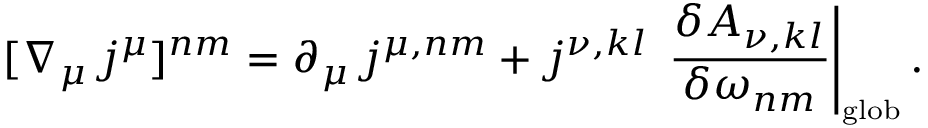
[ \nabla _ { \mu } \, j ^ { \mu } ] ^ { n m } = \partial _ { \mu } \, j ^ { \mu , n m } + j ^ { \nu , k l } \, \left. \frac { \delta { \cal A } _ { \nu , k l } } { \delta \omega _ { n m } } \right| _ { \mathrm { \scriptscriptstyle g l o b } } .